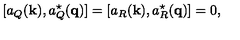
[ a _ { Q } ( { \bf k } ) , a _ { Q } ^ { \star } ( { \bf q } ) ] = [ a _ { R } ( { \bf k } ) , a _ { R } ^ { \star } ( { \bf q } ) ] = 0 ,